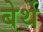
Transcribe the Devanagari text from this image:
बेर्थे